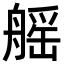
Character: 𦩾